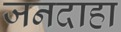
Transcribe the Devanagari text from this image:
जनदाहा